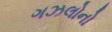
ગઝલોનો